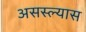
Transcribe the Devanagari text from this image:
असस्ल्यास